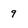
Character: 9